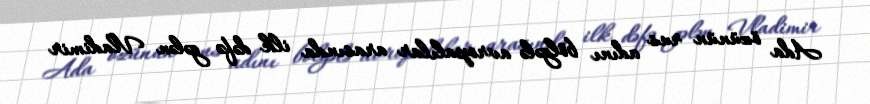
Ada özünün rus adını bölgələ avropalılar arasında ilk dəfə gələn Vladimir